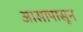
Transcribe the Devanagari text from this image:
आसापासून